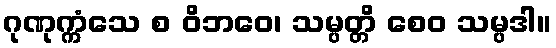
ဂုဏုက္ကံသေ စ ဝိဘဝေ၊ သမ္ပတ္တိ စေဝ သမ္ပဒါ။